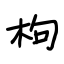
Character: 枸